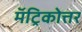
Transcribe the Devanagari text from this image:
मॅट्रिकोत्तर